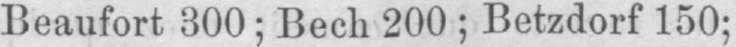
Beaufort 300; Bech 200; Betzdorf 150;